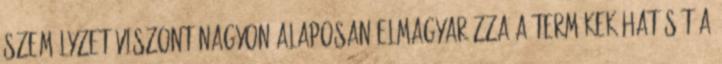
személyzet viszont nagyon alaposan elmagyarázza a termékek hatását a